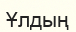
Ұлдың